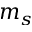
m _ { s }